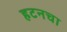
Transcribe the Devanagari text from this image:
हटनचा